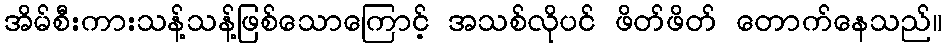
အိမ်စီးကားသန့်သန့်ဖြစ်သောကြောင့် အသစ်လိုပင် ဖိတ်ဖိတ် တောက်နေသည်။